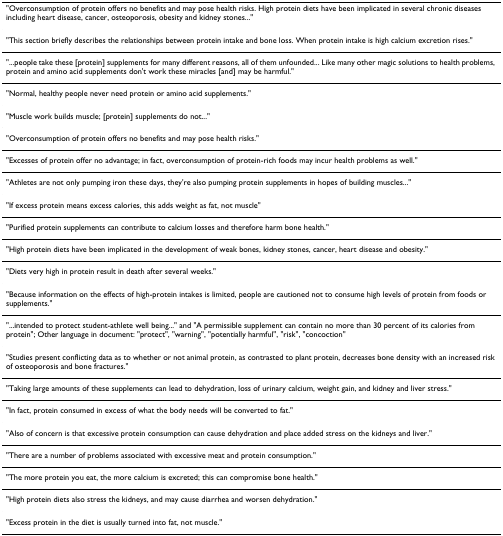
| "Overconsumption of protein offers no benefits and may pose health risks. High protein diets have been implicated in several chronic diseases including heart disease, cancer, osteoporosis, obesity and kidney stones..." |
 | --- |
 | "This section briefly describes the relationships between protein intake and bone loss. When protein intake is high calcium excretion rises." |
 | "...people take these [protein] supplements for many different reasons, all of them unfounded... Like many other magic solutions to health problems, protein and amino acid supplements don't work these miracles [and] may be harmful." |
 | "Normal, healthy people never need protein or amino acid supplements." |
 | "Muscle work builds muscle; [protein] supplements do not..." |
 | "Overconsumption of protein offers no benefits and may pose health risks." |
 | "Excesses of protein offer no advantage; in fact, overconsumption of protein-rich foods may incur health problems as well." |
 | "Athletes are not only pumping iron these days, they're also pumping protein supplements in hopes of building muscles..." |
 | "If excess protein means excess calories, this adds weight as fat, not muscle" |
 | "Purified protein supplements can contribute to calcium losses and therefore harm bone health." |
 | "High protein diets have been implicated in the development of weak bones, kidney stones, cancer, heart disease and obesity." |
 | "Diets very high in protein result in death after several weeks." |
 | "Because information on the effects of high-protein intakes is limited, people are cautioned not to consume high levels of protein from foods or supplements." |
 | "...intended to protect student-athlete well being..." and "A permissible supplement can contain no more than 30 percent of its calories from protein"; Other language in document: "protect", "warning", "potentially harmful", "risk", "concoction" |
 | "Studies present conflicting data as to whether or not animal protein, as contrasted to plant protein, decreases bone density with an increased risk of osteoporosis and bone fractures." |
 | "Taking large amounts of these supplements can lead to dehydration, loss of urinary calcium, weight gain, and kidney and liver stress." |
 | "In fact, protein consumed in excess of what the body needs will be converted to fat." |
 | "Also of concern is that excessive protein consumption can cause dehydration and place added stress on the kidneys and liver." |
 | "There are a number of problems associated with excessive meat and protein consumption." |
 | "The more protein you eat, the more calcium is excreted; this can compromise bone health." |
 | "High protein diets also stress the kidneys, and may cause diarrhea and worsen dehydration." |
 | "Excess protein in the diet is usually turned into fat, not muscle." |